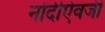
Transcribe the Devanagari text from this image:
नोंदीऐवजी